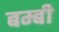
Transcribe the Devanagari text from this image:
बम्बी